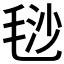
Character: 𣮅